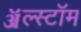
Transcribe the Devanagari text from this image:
ॲल्स्टॉम